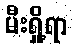
မီးရှို့ရာ